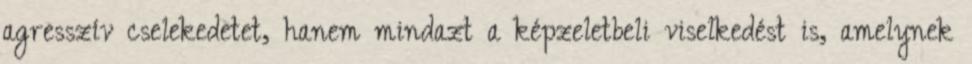
agresszív cselekedetet, hanem mindazt a képzeletbeli viselkedést is, amelynek